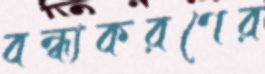
বন্ধ্যকরণের